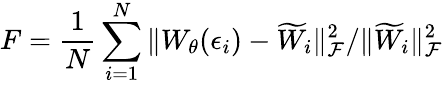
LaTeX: F=\frac{1}{N}\sum_{i=1}^{N}\| W_{\theta}(\epsilon_{i})-\widetilde{W}_{i}\| _{\mathcal{F}}^{2}/\| \widetilde{W}_{i}\| _{\mathcal{F}}^{2}